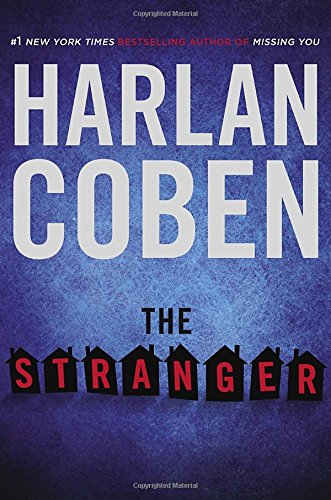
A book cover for The Stranger; Harlan Coben; Mystery, Thriller & Suspense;